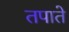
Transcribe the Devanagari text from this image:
तपाते